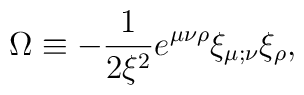
\Omega\equiv-\frac{1}{2\xi^2}e^{\mu\nu\rho}\xi_{\mu;\nu}\xi_\rho,